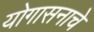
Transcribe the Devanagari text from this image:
योगासनाचे